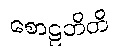
စောဠဘိတိ